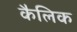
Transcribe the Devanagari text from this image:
कैलिक